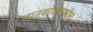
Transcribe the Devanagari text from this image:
ज्ञानकोशामधील